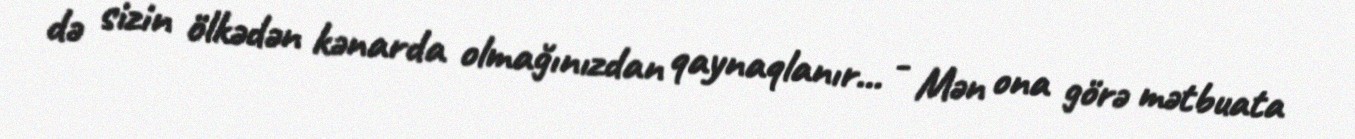
də sizin ölkədən kənarda olmağınızdan qaynaqlanır... - Mən ona görə mətbuata